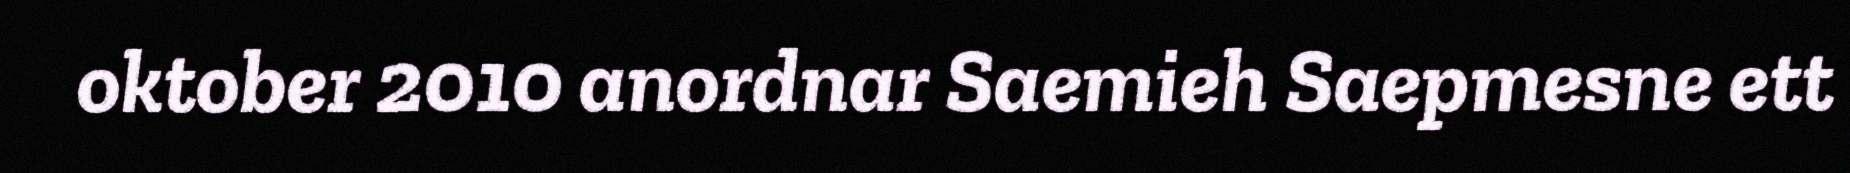
oktober 2010 anordnar Saemieh Saepmesne ett